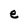
Character: e